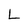
Character: L